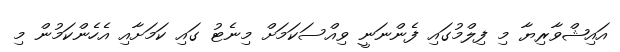
އައިޝްވާރިޔާ މި ފިލްމުގައި ފެންނަނީ ވިއްސަކަމަށް މިނެޓު ގައި ކަމަށާއި އެހެންކަމުން މި